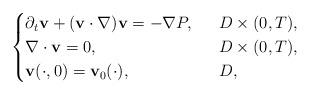
LaTeX: \begin{align*}\begin{cases}\partial_t\mathbf{v}+(\mathbf{v}\cdot \nabla)\mathbf{v}=-\nabla P,\ \ &D\times (0,T),\\\nabla\cdot \mathbf{v}=0,\ \ &D\times (0,T),\\\mathbf{v}(\cdot, 0)=\mathbf{v}_0(\cdot), \ \ &D,\end{cases}\end{align*}